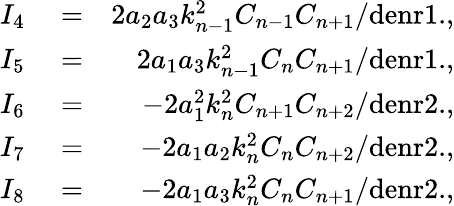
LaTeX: \begin{array}{rlr}{I_{4}}&{{}=}&{2a_{2}a_{3}k_{n-1}^{2}C_{n-1}C_{n+1}/\mathrm{denr1.},}\\ {I_{5}}&{{}=}&{2a_{1}a_{3}k_{n-1}^{2}C_{n}C_{n+1}/\mathrm{denr1.},}\\ {I_{6}}&{{}=}&{-2a_{1}^{2}k_{n}^{2}C_{n+1}C_{n+2}/\mathrm{denr2.},}\\ {I_{7}}&{{}=}&{-2a_{1}a_{2}k_{n}^{2}C_{n}C_{n+2}/\mathrm{denr2.},}\\ {I_{8}}&{{}=}&{-2a_{1}a_{3}k_{n}^{2}C_{n}C_{n+1}/\mathrm{denr2.},}\end{array}